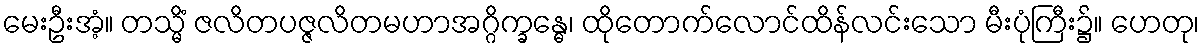
မေးဦးအံ့။ တသ္မိံ ဇလိတပဇ္ဇလိတမဟာအဂ္ဂိက္ခန္ဓေ၊ ထိုတောက်လောင်ထိန်လင်းသော မီးပုံကြီး၌။ ဟေတု၊